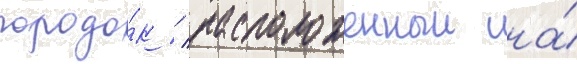
городо́к / расположенныи на́